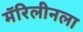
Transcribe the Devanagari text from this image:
मॅरिलीनला